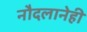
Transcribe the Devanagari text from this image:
नौदलानेही